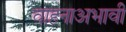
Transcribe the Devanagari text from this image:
वाहनाअभावी